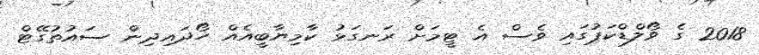
2018 ގެ ވޯލްޑްކަޕުގައި ވެސް އެ ޓީމަށް ރަނގަޅު ކާމިޔާބީއެއް ހޯދައިދިން ސައުތުގޭޓް